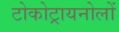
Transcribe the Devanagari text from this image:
टोकोट्रायनोलों